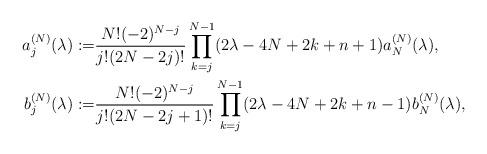
LaTeX: \begin{align*} a^{(N)}_j(\lambda):=&\frac{N! (-2)^{N-j}}{j!(2N-2j)!} \prod_{k=j}^{N-1}(2\lambda-4N+2k+n+1)a_N^{(N)}(\lambda),\\ b^{(N)}_j(\lambda):=&\frac{N! (-2)^{N-j}}{j!(2N-2j+1)!} \prod_{k=j}^{N-1}(2\lambda-4N+2k+n-1)b_N^{(N)}(\lambda), \end{align*}